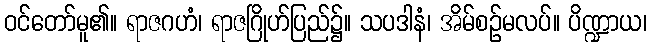
ဝင်တော်မူ၏။ ရာဇဂဟံ၊ ရာဇဂြိုဟ်ပြည်၌။ သပဒါနံ၊ အိမ်စဉ်မလပ်။ ပိဏ္ဍာယ၊